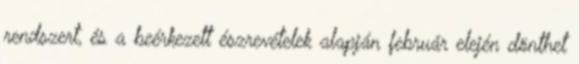
rendszert, és a beérkezett észrevételek alapján február elején dönthet